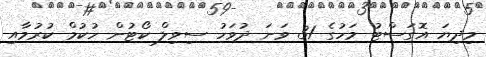
މިދިޔަ އޮގަސްޓު މަހުގެ 31 ވަނަ ދުވަހު ސިވިލް ކޯޓުން ހުކުމް ކުރުމާއި